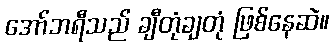
အော်ဘရီသည် ချီတုံချတုံ ဖြစ်နေဆဲ။